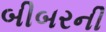
બીબરની